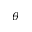
\theta